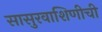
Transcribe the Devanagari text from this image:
सासुरवाशिणीची